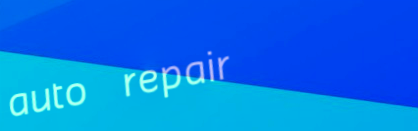
auto repair